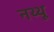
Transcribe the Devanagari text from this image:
नथ्थू